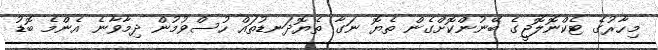
މިހާރުގެ ޓެކްނޮލޮޖީގެ ބޭނުންކޮށްގެން ތެޔޮ ނަގާ ތެޔޮދަނޑުތައް ހުސްވުމުން ދިމާވާނެ އެންމެ ބޮޑު